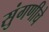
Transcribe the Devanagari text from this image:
सुंगणीचे